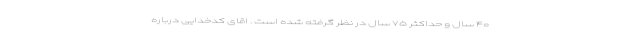
۴۰ سال و حداکثر ۷۵ سال در نظر گرفته شده است . اقای کدخدایی درباره